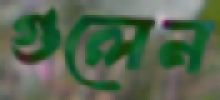
গুলেন